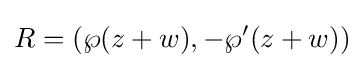
R=(\wp (z+w),-\wp '(z+w))